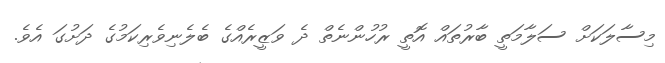
މިސާލަކަށް ސަލާމަތީ ބާރުތައް އޮތީ ރުހުންނެތް ދެ ވަޒީރެއްގެ ބެލެނިވެރިކަމުގެ ދަށުގަ އެވެ.